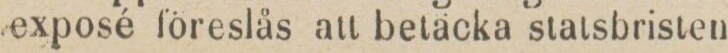
exposé föreslås att betäcka statsbristen